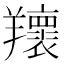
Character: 𦏨